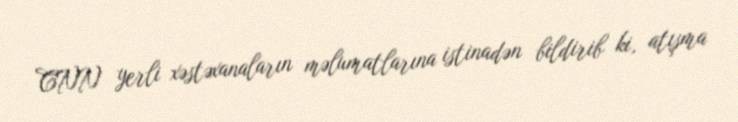
CNN yerli xəstəxanaların məlumatlarına istinadən bildirib ki, atışma